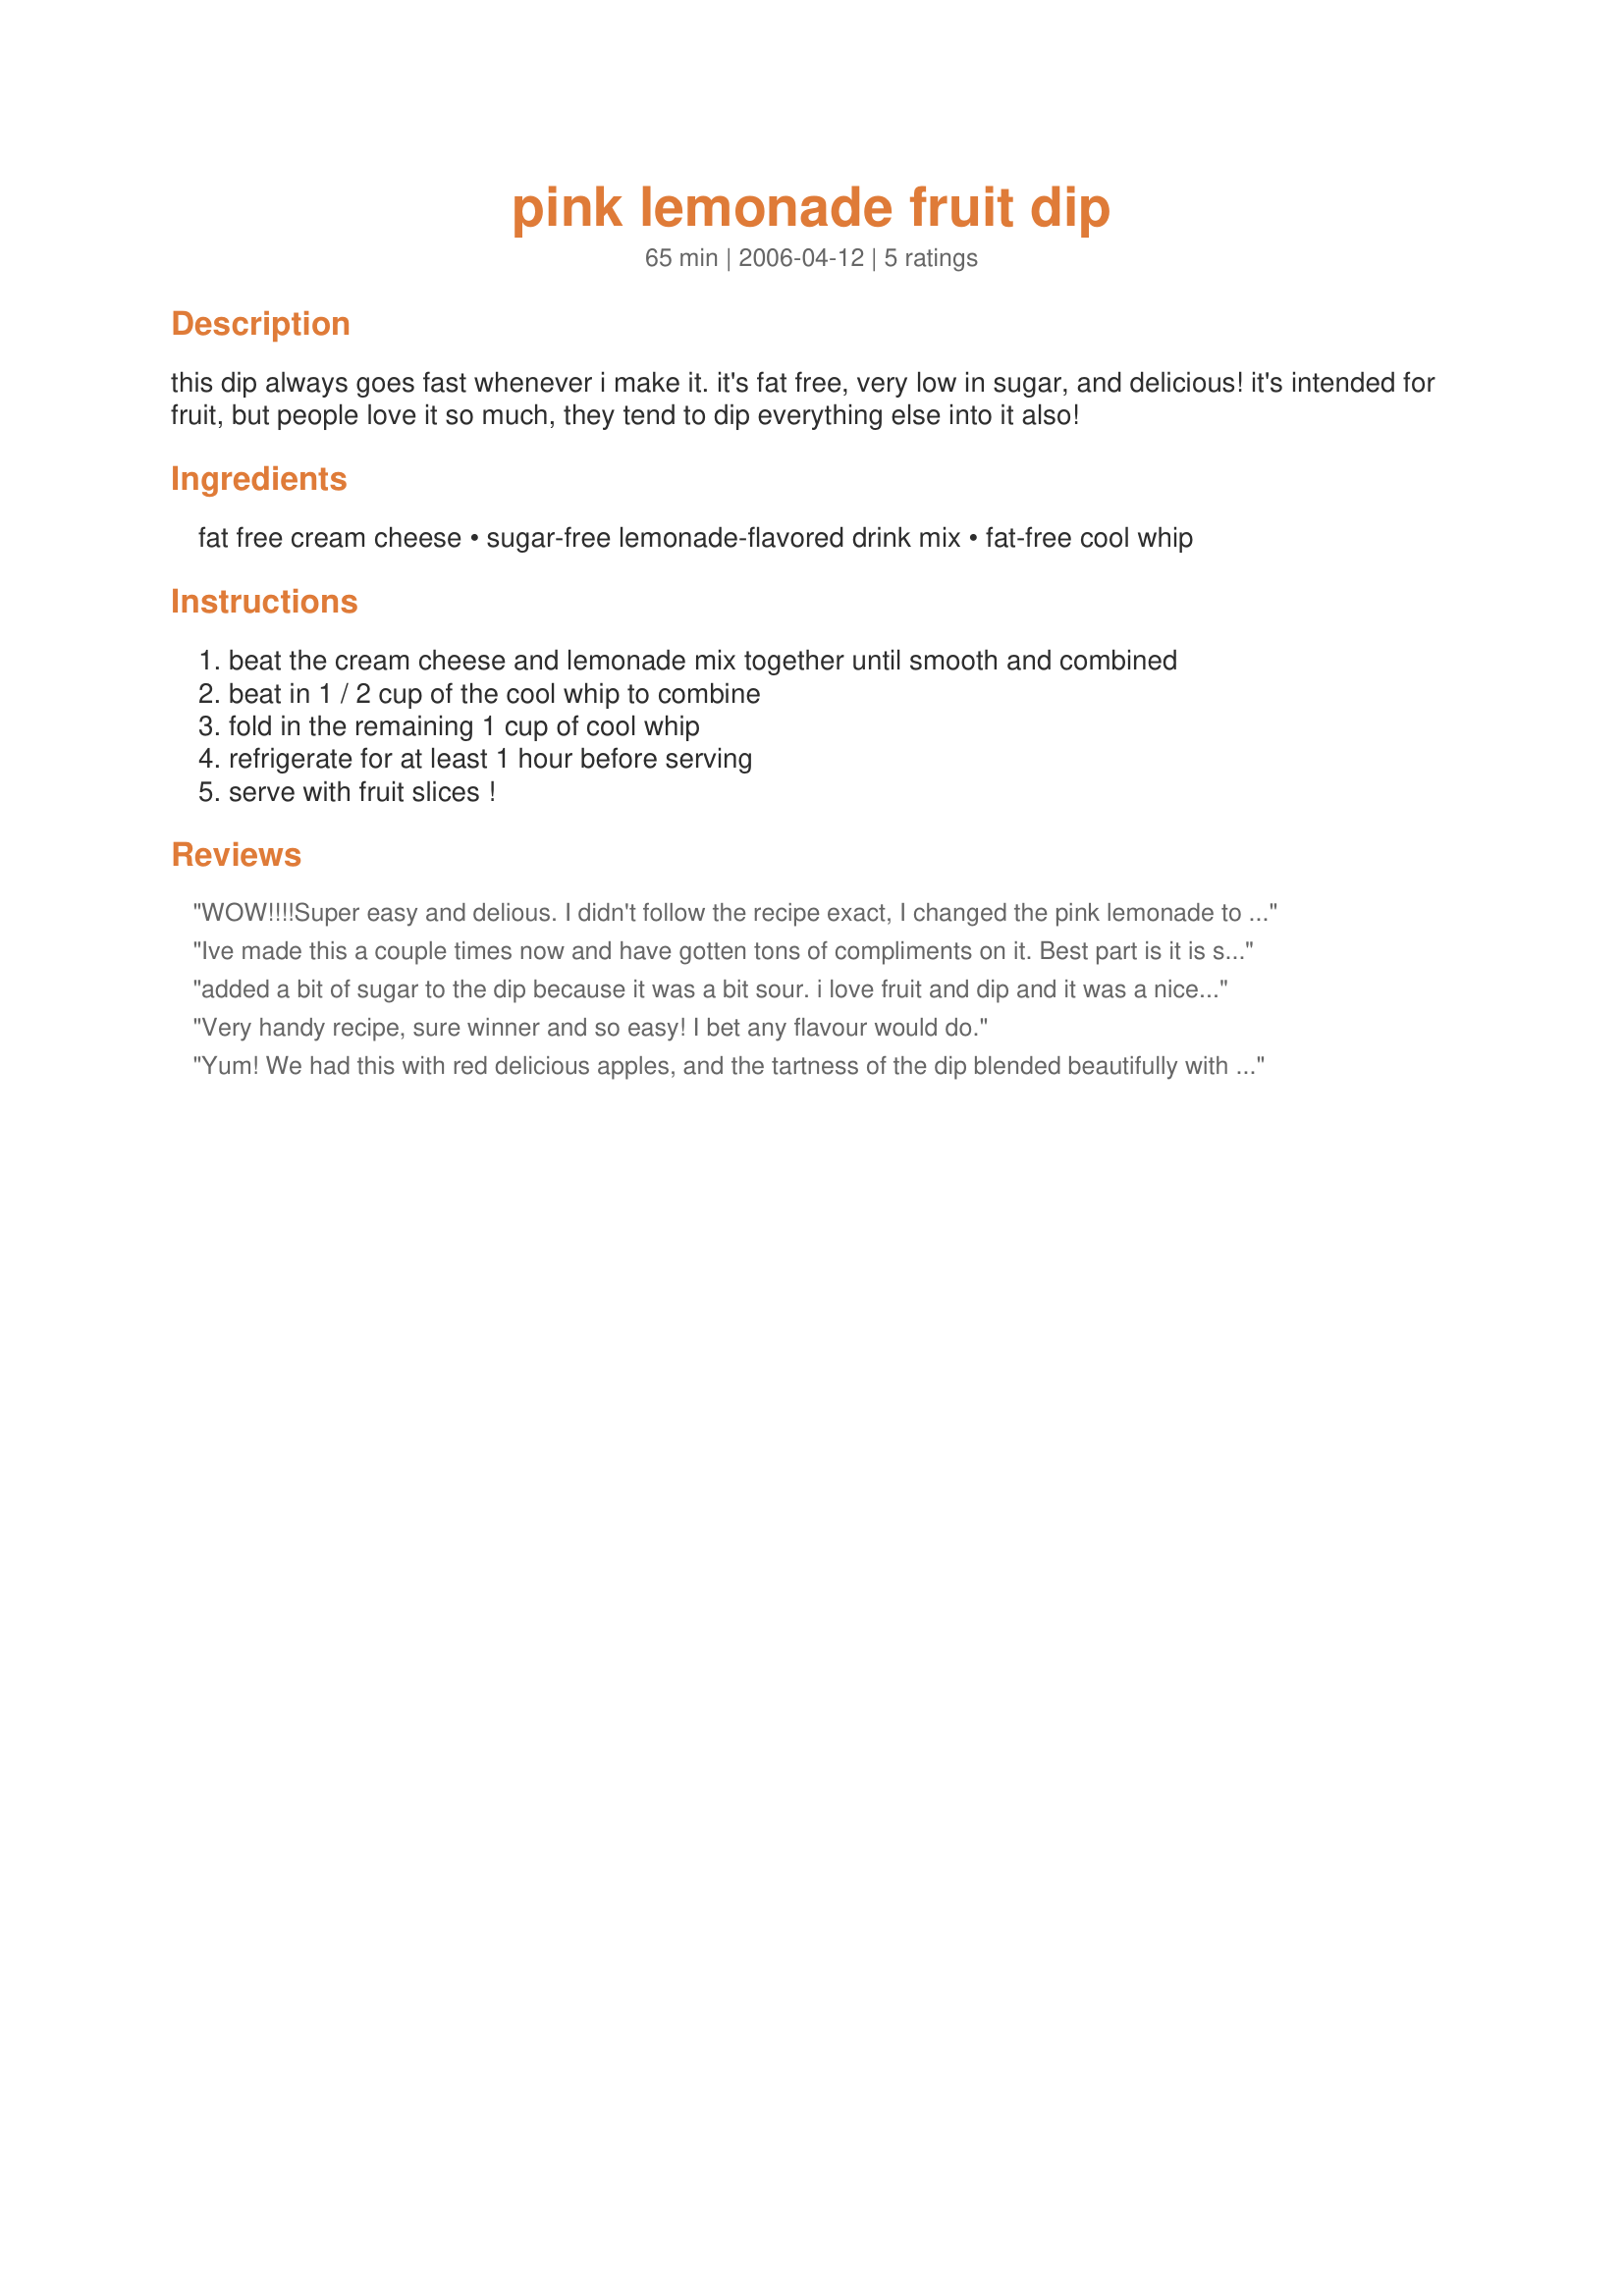
pink lemonade fruit dip
Preparation time: 65 minutes

this dip always goes fast whenever i make it. it's fat free, very low in sugar, and delicious! it's intended for fruit, but people love it so much, they tend to dip everything else into it also!

Ingredients:
fat free cream cheese, sugar-free lemonade-flavored drink mix, fat-free cool whip

Steps:
beat the cream cheese and lemonade mix together until smooth and combined, beat in 1 / 2 cup of the cool whip to combine, fold in the remaining 1 cup of cool whip, refrigerate for at least 1 hour before serving, serve with fruit slices !

Reviews:
WOW!!!!Super easy and delious. I didn't follow the recipe exact, I changed the pink lemonade to a kool-aid packet of invisible watermelon and kiwi with green grapes to dip. This was a little tart and I love that, the watermelon and kiwi gave it a little fruty after taste but that might have been cause I just brushed my teeth. I highly recommened this (sorry for bad spelling or grammer)
Ive made this a couple times now and have gotten tons of compliments on it. Best part is it is sooo easy to make.

Thank!
added a bit of sugar to the dip because it was a bit sour. i love fruit and dip and it was a nice change from the usual.
Very handy recipe, sure winner and so easy! I bet any flavour would do.
Yum! We had this with red delicious apples, and the tartness of the dip blended beautifully with the sweetness of the apple! I really liked this!
